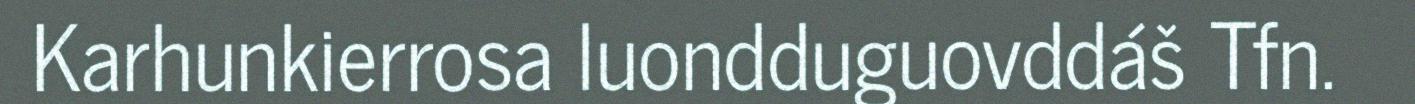
Karhunkierrosa luondduguovddáš Tfn.